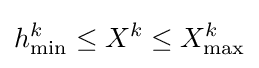
h_{\min }^{k}\leq X^{k}\leq X_{\max }^{k}